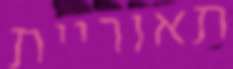
תאוריית